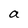
Character: a